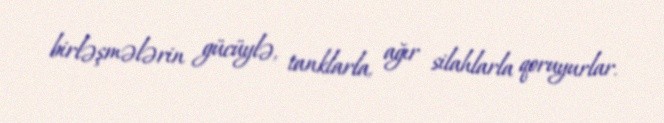
birləşmələrin gücüylə, tanklarla, ağır silahlarla qoruyurlar.